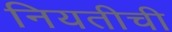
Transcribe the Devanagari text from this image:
नियतीची